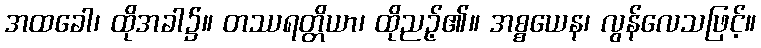
အထခေါ၊ ထိုအခါ၌။ တဿရတ္တိယာ၊ ထိုညဉ့်၏။ အစ္စယေန၊ လွန်လေသဖြင့်။